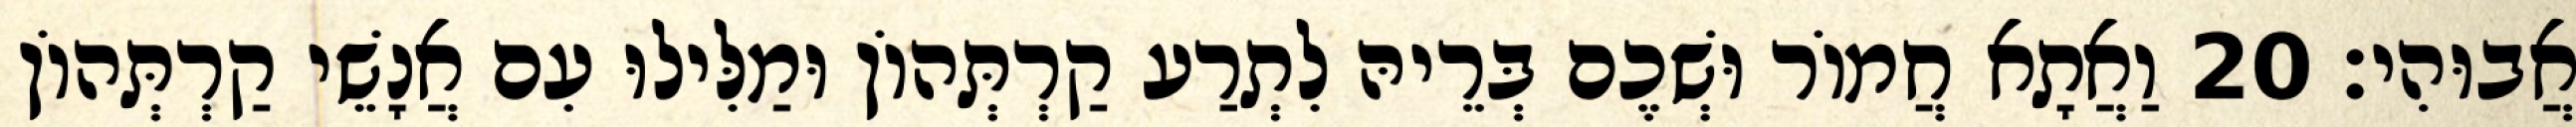
אֲבוּהִי׃ 20 וַאֲתָא חֲמוֹר וּשְׁכֶם בְּרֵיהּ לִתְרַע קַרְתְּהוֹן וּמַלִּילוּ עִם אֲנָשֵׁי קַרְתְּהוֹן